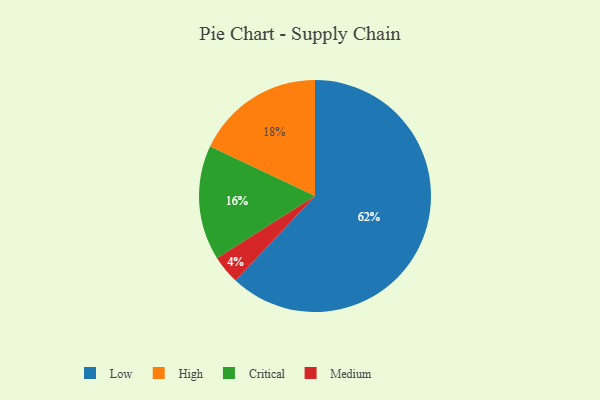
{"axis": {"x": "Category", "y": "Percentage"}, "legend": ["Critical", "High", "Low", "Medium"], "data": [{"x": "Medium", "y": 4, "type": "Medium"}, {"x": "Low", "y": 62, "type": "Low"}, {"x": "Critical", "y": 16, "type": "Critical"}, {"x": "High", "y": 18, "type": "High"}]}